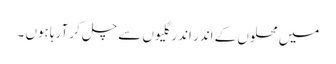
میں محلوں کے اندر اندر گلیوں سے چل کر آرہا ہوں ۔